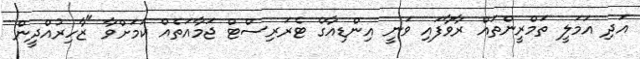
އަދި އަމަލީ ތަމްރީންތައް ރާވާފައި ވަނީ އިންޑިއާގެ ޓެރަރިސްޓް ޖަމާއަތެއް ކަމަށްވާ "ޒާހިރުއްދީން